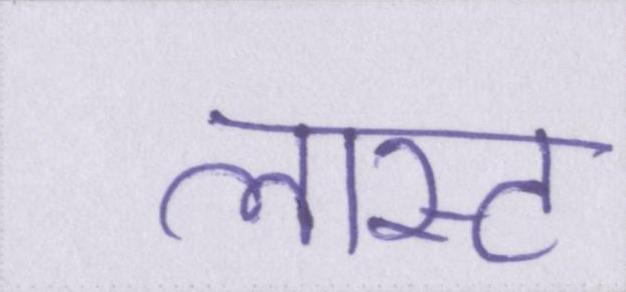
लास्ट